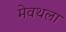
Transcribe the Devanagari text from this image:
मेवथला